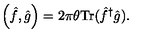
\left( \hat { f } , \hat { g } \right) = 2 \pi \theta { \mathrm { T r } } ( { \hat { f } } ^ { \dagger } \hat { g } ) .